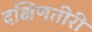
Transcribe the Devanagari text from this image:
दक्षिणतीरी